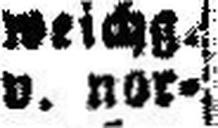
v. nor¬